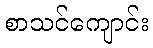
စာသင်ကျောင်း